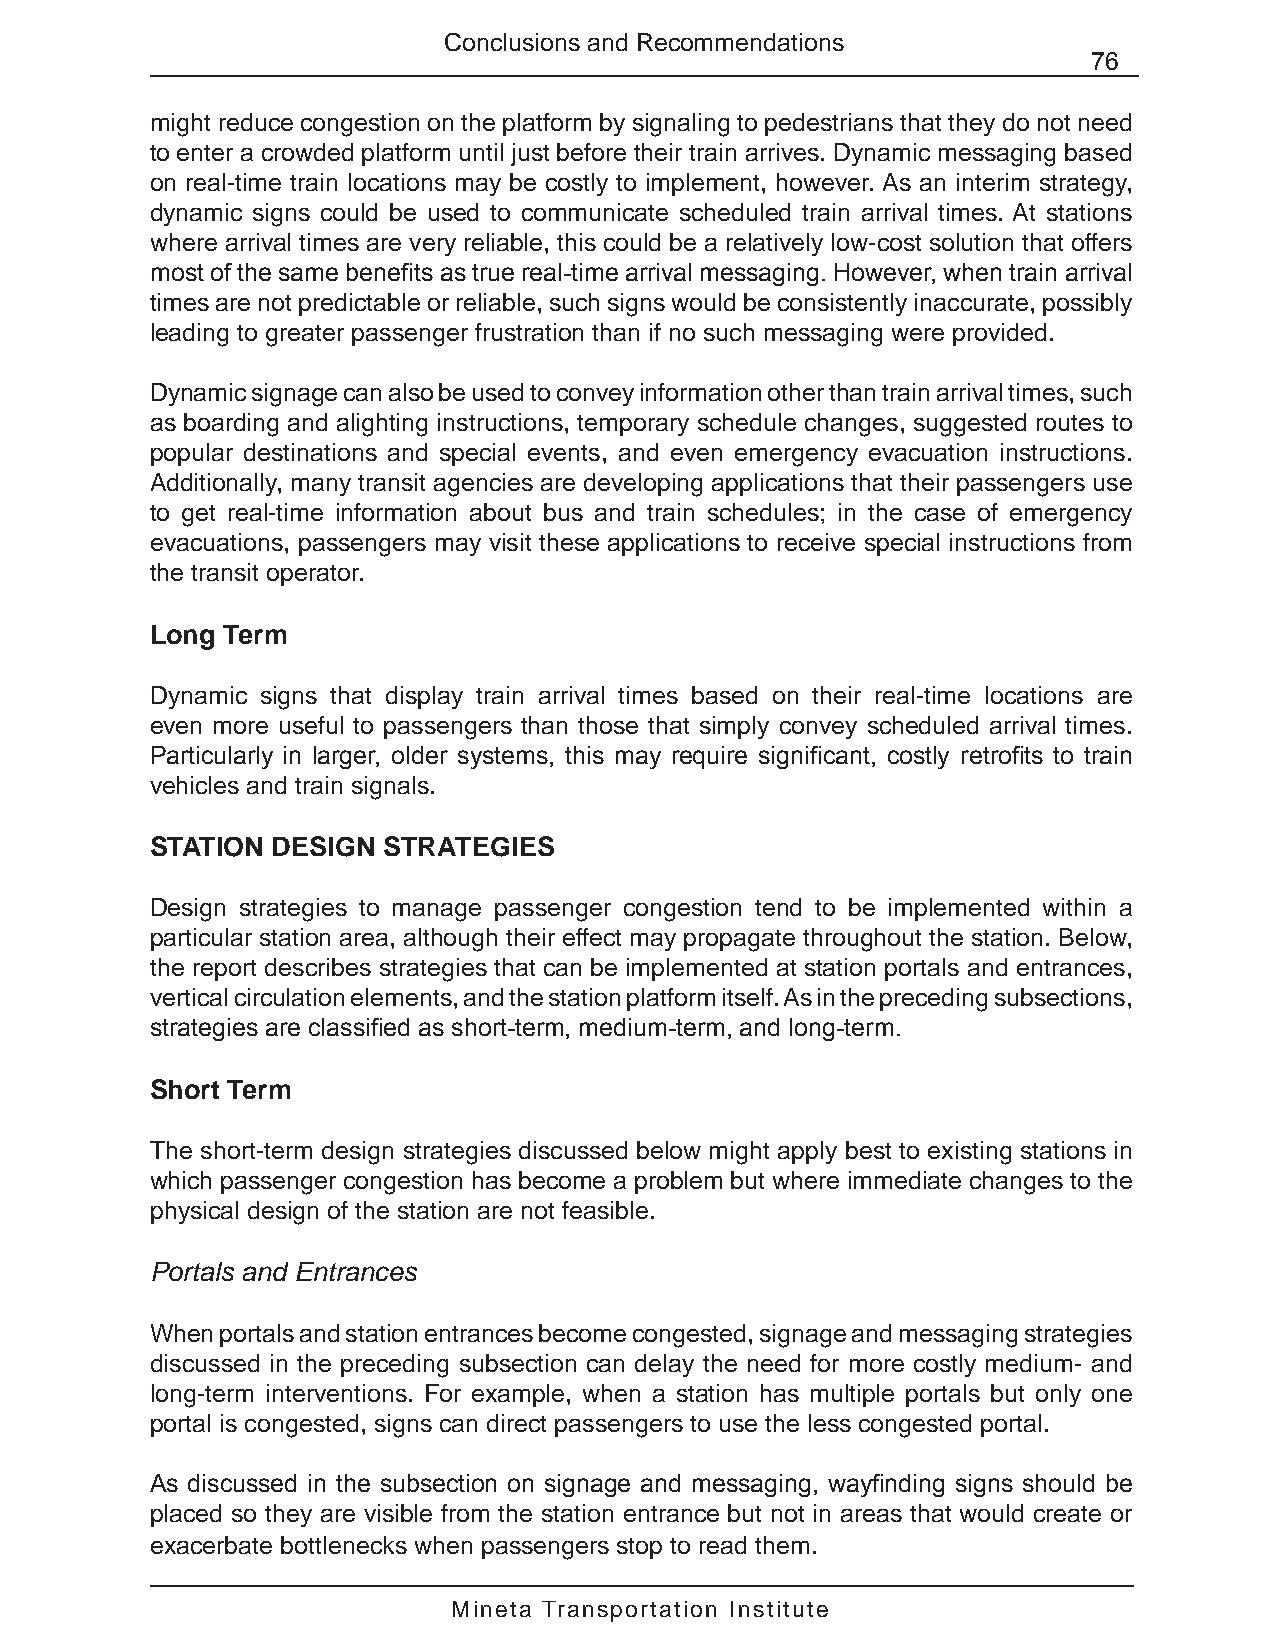
Conclusions and Recommendations
 76
 might reduce congestion on the platform by signaling to pedestrians that they do not need
 to enter a crowded platform until just before their train arrives. Dynamic messaging based
 on real-time train locations may be costly to implement, however. As an interim strategy,
 dynamic signs could be used to communicate scheduled train arrival times. At stations
 where arrival times are very reliable, this could be a relatively low-cost solution that offers
 most of the same benefits as true real-time arrival messaging. However, when train arrival
 times are not predictable or reliable, such signs would be consistently inaccurate, possibly
 leading to greater passenger frustration than if no such messaging were provided.
 Dynamic signage can also be used to convey information other than train arrival times, such
 as boarding and alighting instructions, temporary schedule changes, suggested routes to
 popular destinations and special events, and even emergency evacuation instructions.
 Additionally, many transit agencies are developing applications that their passengers use
 to get real-time information about bus and train schedules; in the case of emergency
 evacuations, passengers may visit these applications to receive special instructions from
 the transit operator.
 Long Term
 Dynamic signs that display train arrival times based on their real-time locations are
 even more useful to passengers than those that simply convey scheduled arrival times.
 Particularly in larger, older systems, this may require significant, costly retrofits to train
 vehicles and train signals.
 STATION DESIGN STRATEGIES
 Design strategies to manage passenger congestion tend to be implemented within a
 particular station area, although their effect may propagate throughout the station. Below,
 the report describes strategies that can be implemented at station portals and entrances,
 vertical circulation elements, and the station platform itself. As in the preceding subsections,
 strategies are classified as short-term, medium-term, and long-term.
 Short Term
 The short-term design strategies discussed below might apply best to existing stations in
 which passenger congestion has become a problem but where immediate changes to the
 physical design of the station are not feasible.
 Portals and Entrances
 When portals and station entrances become congested, signage and messaging strategies
 discussed in the preceding subsection can delay the need for more costly medium- and
 long-term interventions. For example, when a station has multiple portals but only one
 portal is congested, signs can direct passengers to use the less congested portal.
 As discussed in the subsection on signage and messaging, wayfinding signs should be
 placed so they are visible from the station entrance but not in areas that would create or
 exacerbate bottlenecks when passengers stop to read them.
 Mineta Transportation Institute